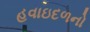
હવાઇદળનો